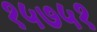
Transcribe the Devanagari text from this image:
१५७५१